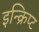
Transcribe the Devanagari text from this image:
इन्क्रिप्ट